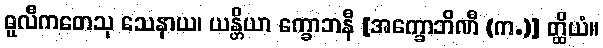
ဓူလီကတေသု သေနာယ၊ ယန္တိယာ က္ခောဘနီ [အက္ခောဘိဏီ (က.)] တ္ထိယံ။